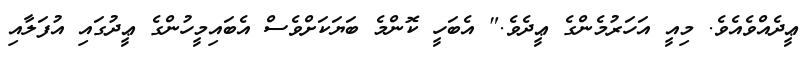
ޢީދެއްވެއެވެ. މިއީ އަހަރުމެންގެ ޢީދެވެ." އެބަހީ ކޮންމެ ބަޔަކަށްވެސް އެބައިމީހުންގެ ޢީދުގައި އުފަލާއި